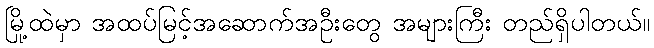
မြို့ထဲမှာ အထပ်မြင့်အဆောက်အဦးတွေ အများကြီး တည်ရှိပါတယ်။